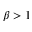
\beta > 1